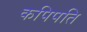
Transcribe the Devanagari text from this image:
कपिपति